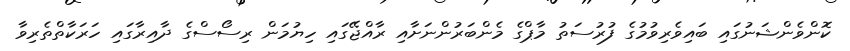
ކޮންވެންޝަނުގައި ބައިވެރިވުމުގެ ފުރުސަތު މާޕްގެ މެންބަރުންނަށާއި ރާއްޖޭގައި ހިޔުމަން ރިސޯސްގެ ދާއިރާގައި ހަރަކާތްތެރިވާ